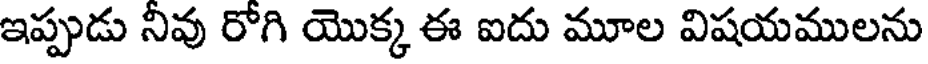
ఇప్పుడు నివు రోగి యొక్క ఈ ఐదు మూల విషయములను